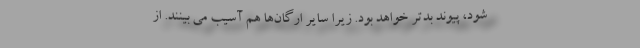
شود، پیوند بدتر خواهد بود. زیرا سایر ارگان‌ها هم آسیب می بینند. از